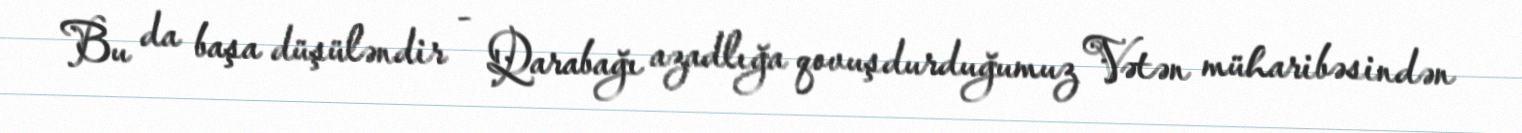
Bu da başa düşüləndir - Qarabağı azadlığa qovuşdurduğumuz Vətən müharibəsindən